Report of the Indian Hemp Drugs Commission, 1894-1895 - Volume VI
Year: 1894
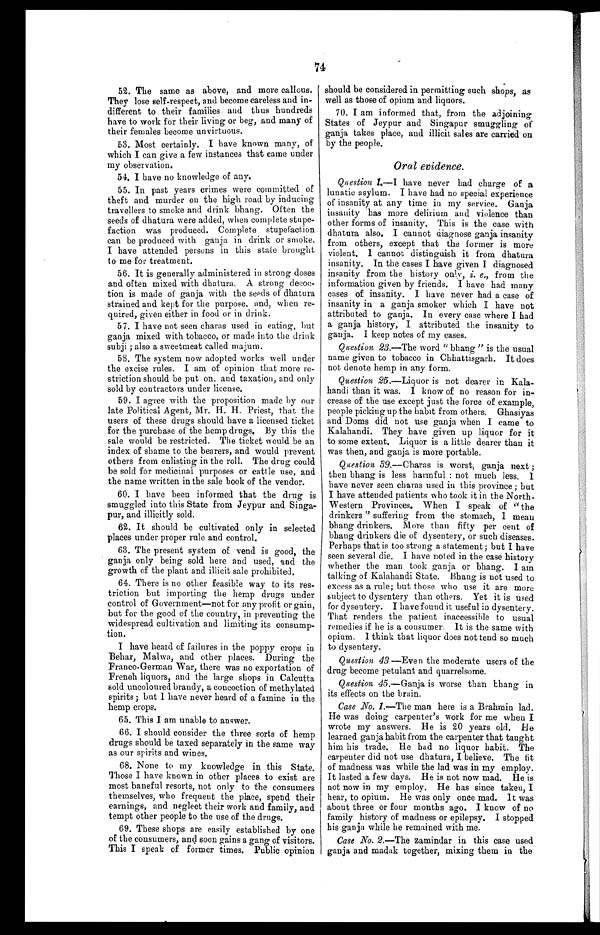
74
52. The same as above, and more callous.
They lose self-respect, and become careless and in-
different to their families and thus hundreds
have to work for their living or beg, and many of
their females become unvirtuous.
53. Most certainly. I have known many, of
which I can give a few instances that came under
my observation.
54. I have no knowledge of any.
55. In past years crimes were committed of
theft and murder on the high road by inducing
travellers to smoke and drink bhang. Often the
seeds of dhatura were added, when complete stupe-
faction was produced. Complete stupefaction
can be produced with ganja in drink or smoke.
I have attended persons in this state brought
to me for treatment.
56. It is generally administered in strong doses
and often mixed with dhatura. A strong decoc-
tion is made of ganja with the seeds of dhatura
strained and kept for the purpose and, when re--
quired, given either in food or in drink.
57. I have not seen charas used in eating, but
ganja mixed with tobacco, or made into the drink
subji; also a sweetmeat called majum.
58. The system now adopted works well under
the excise rules. I am of opinion that more re-
striction should be put on, and taxation, and only
sold by contractors under license.
59. I agree with the proposition made by our
late Political Agent, Mr. H. H. Priest, that the
users of these drugs should have a licensed ticket
for the purchase of the hemp drugs. By this the
sale would be restricted. The ticket would be an
index of shame to the bearers, and would prevent
others from enlisting in the roll. The drug could
be sold for medicinal purposes or cattle use, and
the name written in the sale book of the vendor.
60. I have been informed that the drug is
smuggled into this State from Jeypur and Singa-
pur, and illicitly sold.
62. It should be cultivated only in selected
places under proper rule and control.
63. The present system of vend is good, the
ganja only being sold here and used, and the
growth of the plant and illicit sale prohibited.
64. There is no other feasible way to its res-
triction but importing the hemp drugs under
control of Government—not for any profit or gain,
but for the good of the country, in preventing the
widespread cultivation and limiting its consump-
tion.
I have heard of failures in the poppy crops in
Behar, Malwa, and other places. During the
Franco-German War, there was no exportation of
French liquors, and the large shops in Calcutta
sold uncoloured brandy, a concoction of methylated
spirits; but I have never heard of a famine in the
hemp crops.
65. This I am unable to answer.
66. I should consider the three sorts of hemp
drugs should be taxed separately in the same way
as our spirits and wines.
68. None to my knowledge in this State.
Those I have known in other places to exist are
most baneful resorts, not only to the consumers
themselves, who frequent the place, spend their
earnings, and neglect their work and family, and
tempt other people to the use of the drugs.
69. These shops are easily established by one
of the consumers, and soon gains a gang of visitors.
This I speak of former times. Public opinion
should be considered in permitting such shops, as
well as those of opium and liquors.
70. I am informed that, from the adjoining
States of Jeypur and Singapur smuggling of
ganja takes place, and illicit sales are carried on
by the people.
Oral evidence.
Question 1.—
I have never had charge of a
lunatic asylum. I have had no special experience
of insanity at any time in my service. Ganja
insanity has more delirium and violence than
other forms of insanity. This is the case with
dhatura also. I cannot diagnose ganja insanity
from others, except that the former is more
violent. I cannot distinguish it from dhatura
insanity. In the cases I have given I diagnosed
insanity from the history only, i. e., from the
information given by friends. I have had many
cases of insanity. I have never had a case of
insanity in a ganja smoker which I have not
attributed to ganja. In every case where I had
a ganja history, I attributed the insanity to
ganja. I keep notes of my cases.
Question 23.—The word "bhang" is the usual
name given to tobacco in Chhattisgarh. It does
not denote hemp in any form.
Question 25.—Liquor is not dearer in Kala-
handi than it was. I know of no reason for in-
crease of the use except just the force of example,
people picking up the habit from others. Ghasiyas
and Doms did not use ganja when I came to
Kalahandi. They have given up liquor for it
to some extent. Liquor is a little dearer than it
was then, and ganja is more portable.
Question 39.—Charas is worst, ganja next;
then bhang is less harmful: not much less. I
have never seen charas used in this province; but
I have attended patients who took it in the North-
Western Provinces. When I speak of "the
drinkers " suffering from the stomach, I mean
bhang drinkers. More than fifty per cent of
bhang drinkers die of dysentery, or such diseases.
Perhaps that is too strong a statement; but I have
seen several die. I have noted in the case history
whether the man took ganja or bhang. I am
talking of Kalahandi State. Bhang is not used to
excess as a rule; but those who use it are more
subject to dysentery than others. Yet it is used
for dysentery. I have found it useful in dysentery.
That renders the patient inaccessible to usual
remedies if he is a consumer. It is the same with
opium. I think that liquor does not tend so much
to dysentery.
Question 43 —Even the moderate users of the
drug become petulant and quarrelsome.
Question 45.—Ganja is worse than bhang in
its effects on the brain.
Case No. 1.—The man here is a Brahmin lad.
He was doing carpenter's work for me when I
wrote my answers. He is 20 years old. He
learned ganja habit from the carpenter that taught
him his trade. He had no liquor habit. The
carpenter did not use dhatura, I believe. The fit
of madness was while the lad was in my employ.
It lasted a few days. He is not now mad. He is
not now in my employ. He has since taken, I
hear, to opium. He was only once mad. It was
about three or four months ago. I know of no
family history of madness or epilepsy. I stopped
his ganja while he remained with me.
Case No. 2.—The zamindar in this case used
ganja and madak together, mixing them in the